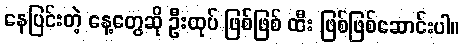
နေပြင်းတဲ့ နေ့တွေဆို ဦးထုပ် ဖြစ်ဖြစ် ထီး ဖြစ်ဖြစ်ဆောင်းပါ။